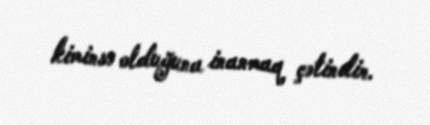
kiminsə olduğuna inanmaq çətindir.